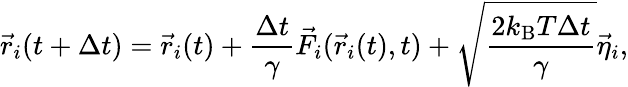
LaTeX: \vec{r}_{i}(t+\Delta t)=\vec{r}_{i}(t)+\frac{\Delta t}{\gamma}\vec{F}_{i}(\vec{r}_{i}(t),t)+\sqrt{\frac{2k_{\mathrm{B}}T\Delta t}{\gamma}}\vec{\eta}_{i},